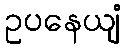
ဥပနေယျံ